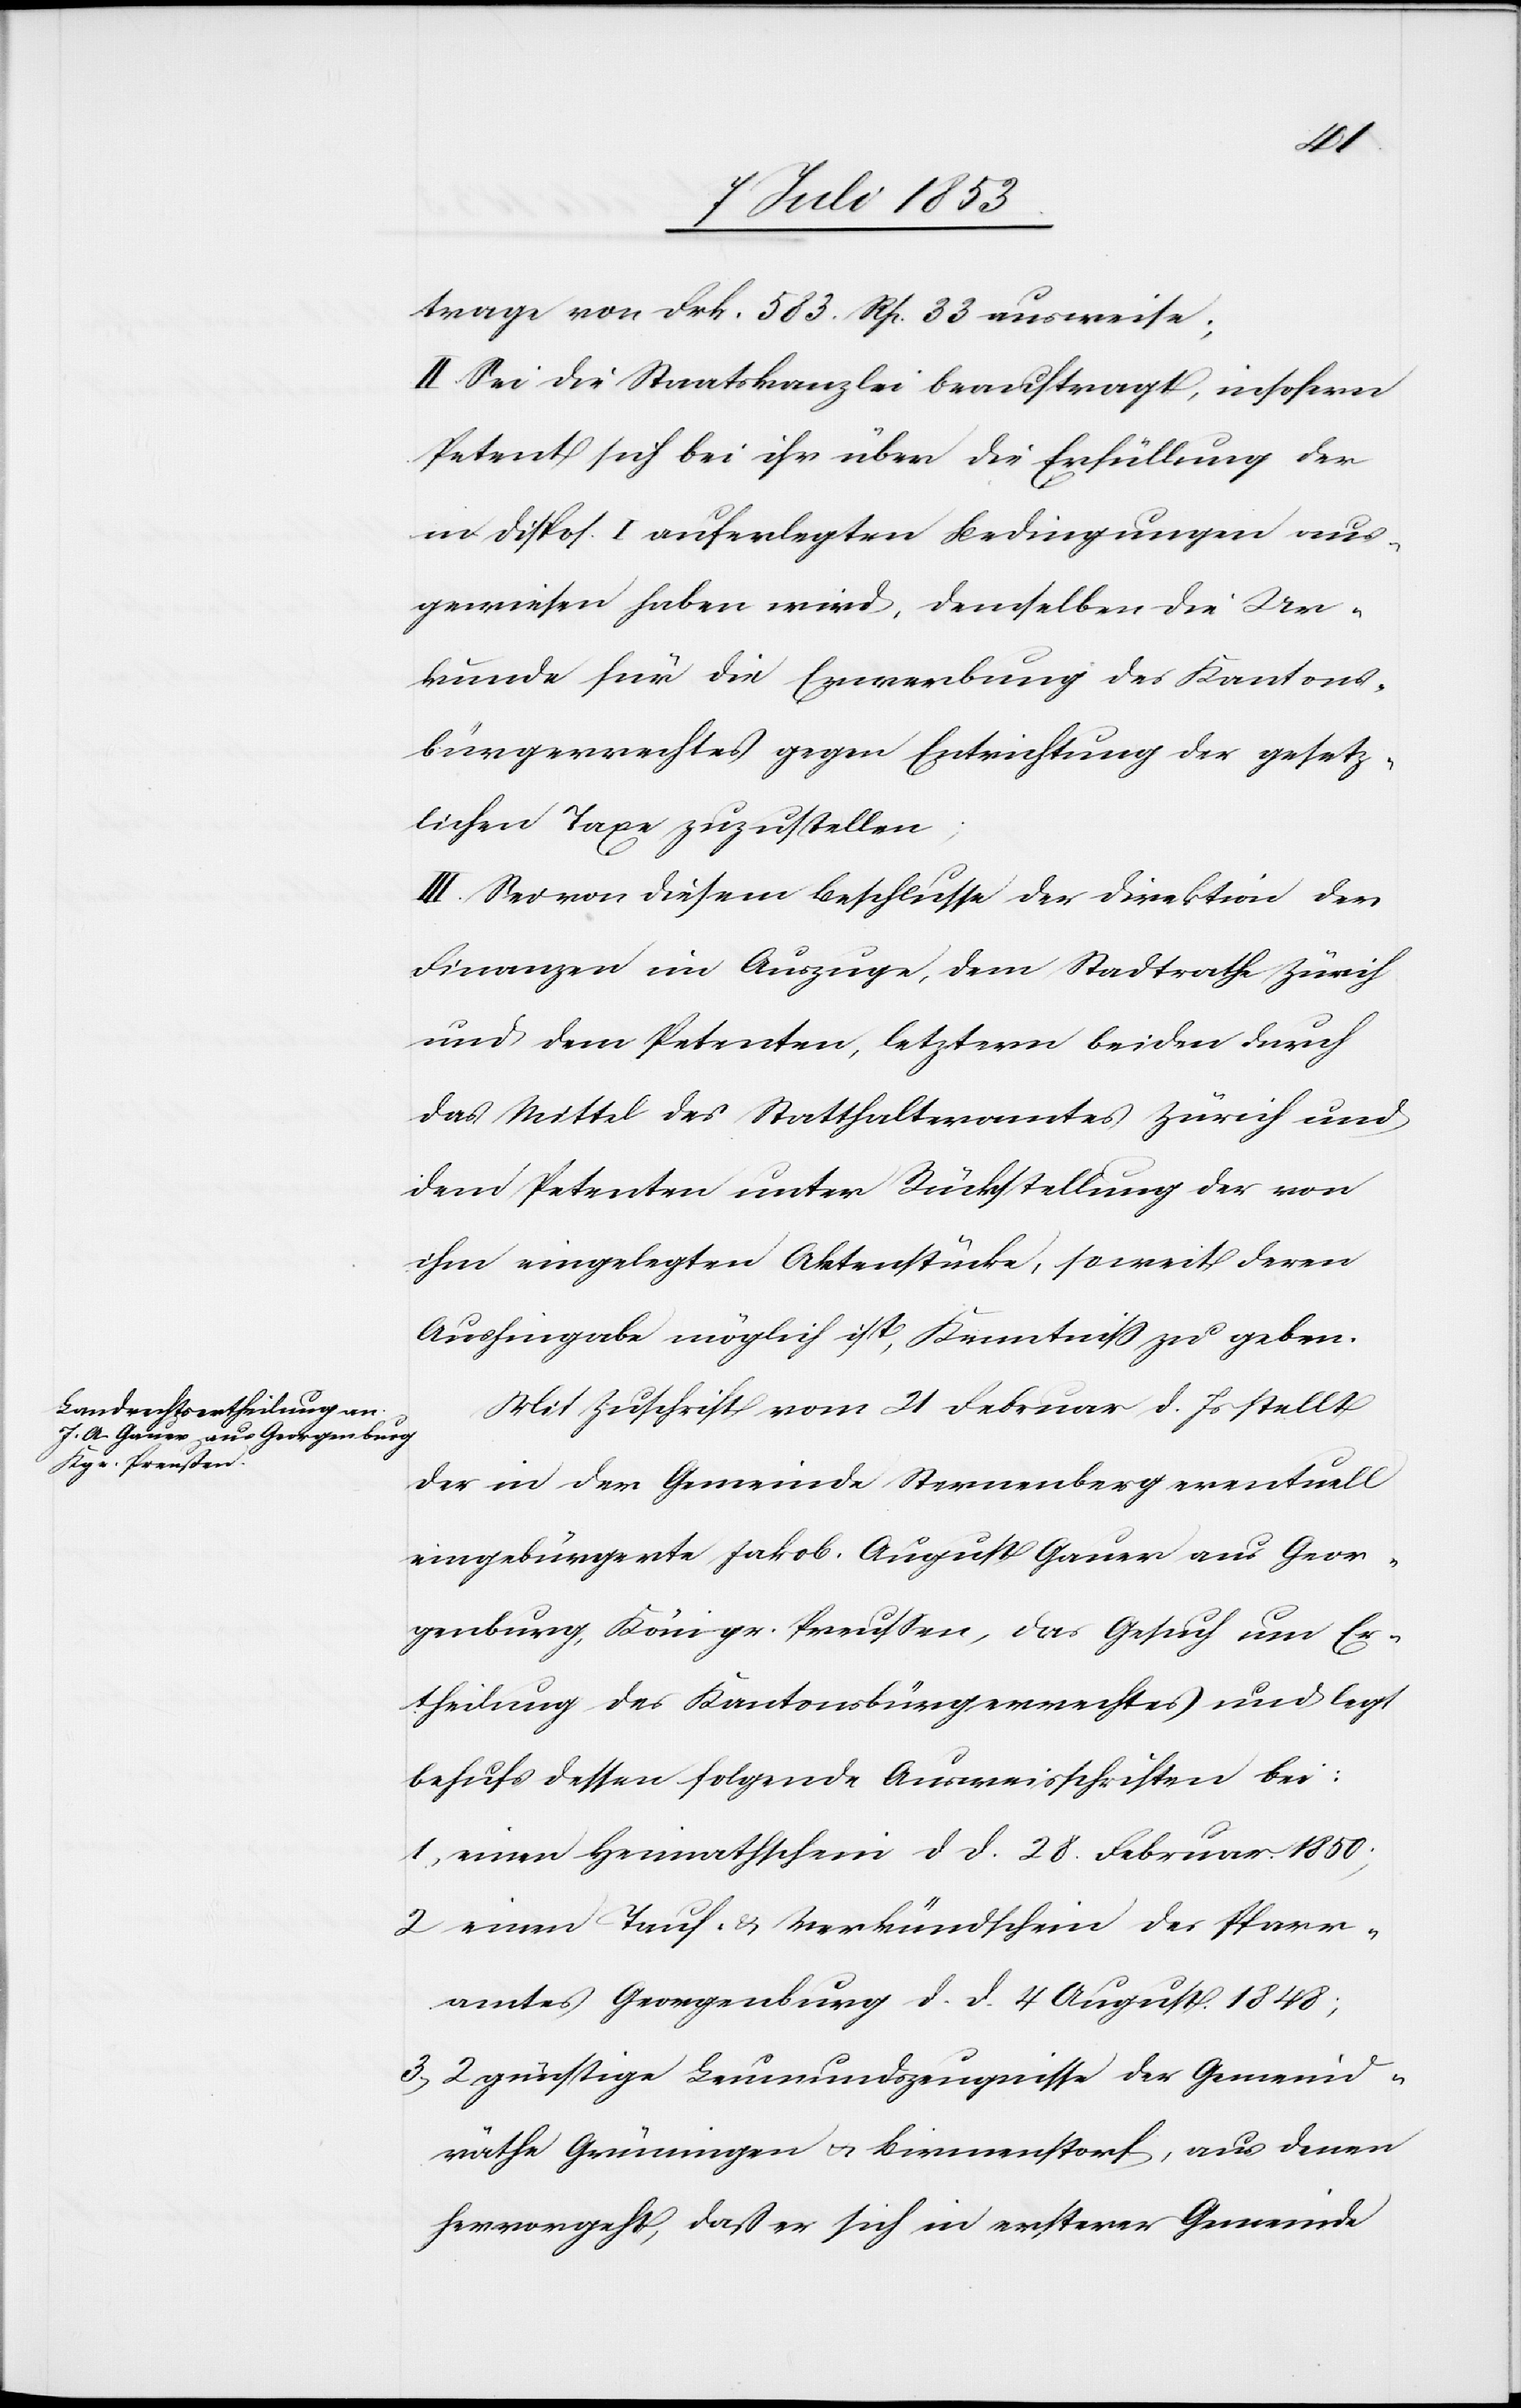
trage von Frk. 583 Rp. 33 ausweise;
II. Sei die Staatskanzlei beauftragt, insofern
Petent sich bei ihr über die Erfüllung der
in Dispos. I auferlegten Bedingungen aus¬
gewiesen haben wird, denselben die Ur¬
kunde für die Erwerbung des Kantons¬
bürgerrechts gegen Entrichtung der gesetz¬
lichen Taxe zuzustellen;
III. Sei von diesem Beschluße der Direktion der
Finanzen im Auszuge, dem Stadtrath Zürich
und dem Petenten, letztern beiden durch
das Mittel des Statthalteramtes Zürich und
dem Petenten unter Rückstellung der von
ihm eingelegten Aktenstücke, soweit deren
Aushingabe möglich ist, Kenntniß zu geben.
Mit Zuschrift vom 21 Februar d. Js. stellt
der in der Gemeinde Sternenberg eventuell
eingebürgerte Jakob, August Gauer aus Geor¬
genburg, Königr. Preußen, das Gesuch um Er¬
theilung des Kantonsbürgerrechtes und legt
behufs dessen folgende Ausweisschriften bei:
1, einen Heimatschein d. d. 28. Februar 1850
2, einen Tauf- u. Verkündschein des Pfarr¬
amtes Georgenburg d. d. 4 August 1848;
3, 2 günstige Leumdenszeugniße der Gemeind¬
räthe Grüningen u. Birmenstorf, aus denen
hervorgeht, daß er sich in ersterer Gemeinde